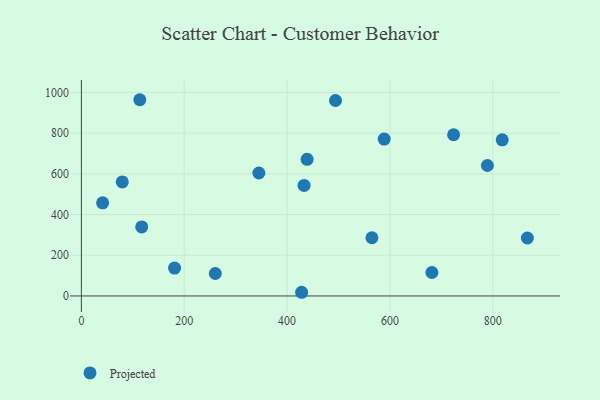
{"axis": {"x": "Price", "y": "Fuel Efficiency"}, "legend": ["Projected"], "data": [{"x": "867.3", "y": 284.8, "type": "Projected"}, {"x": "113.6", "y": 964.0, "type": "Projected"}, {"x": "789.6", "y": 641.0, "type": "Projected"}, {"x": "681.6", "y": 115.3, "type": "Projected"}, {"x": "818.4", "y": 767.1, "type": "Projected"}, {"x": "181.2", "y": 137.1, "type": "Projected"}, {"x": "117.3", "y": 339.0, "type": "Projected"}, {"x": "494.2", "y": 960.2, "type": "Projected"}, {"x": "588.9", "y": 770.5, "type": "Projected"}, {"x": "41.3", "y": 457.6, "type": "Projected"}, {"x": "433.0", "y": 543.1, "type": "Projected"}, {"x": "565.0", "y": 285.9, "type": "Projected"}, {"x": "260.4", "y": 110.4, "type": "Projected"}, {"x": "439.0", "y": 671.1, "type": "Projected"}, {"x": "723.8", "y": 792.0, "type": "Projected"}, {"x": "79.5", "y": 560.3, "type": "Projected"}, {"x": "345.1", "y": 604.1, "type": "Projected"}, {"x": "428.3", "y": 18.1, "type": "Projected"}]}